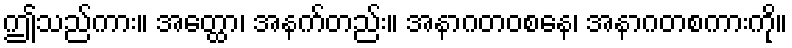
ဤသည်ကား။ အတ္ထော၊ အနက်တည်း။ အနာဂတဝစနေ၊ အနာဂတစကားကို။